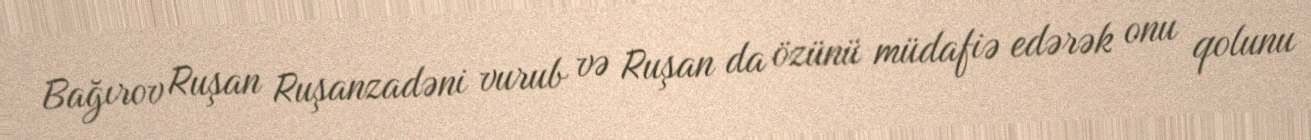
Bağırov Ruşan Ruşanzadəni vurub və Ruşan da özünü müdafiə edərək onu qolunu